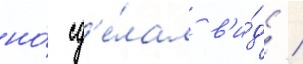
но́ сд'е́лал в'и́д /